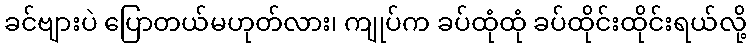
ခင်ဗျားပဲ ပြောတယ်မဟုတ်လား၊ ကျုပ်က ခပ်ထုံထုံ ခပ်ထိုင်းထိုင်းရယ်လို့